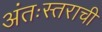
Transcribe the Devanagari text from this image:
अंतःस्तराची